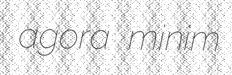
agora minim